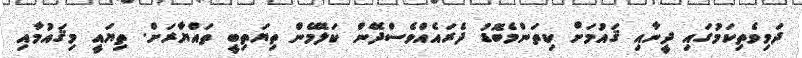
ދަވިވެތިކަމުގައި ދީނާއި ޤައުމަށް ކިތަންމެބޮޑު ދެރައެއްވެސްދޭން ކަލޭމެން ތިޔަތިބީ ތައްޔާރަށް. ތިޔައީ މިޤައުމާއި